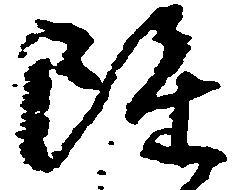
雖